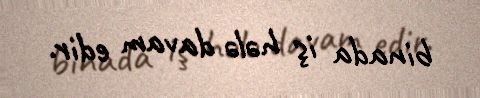
binada iş hələ davam edir.